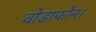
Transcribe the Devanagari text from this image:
वोडाफोन।